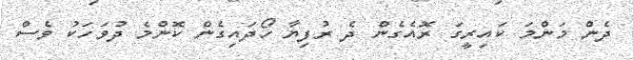
ދެން މަންމަ ކައިރީގަ ރޮއެގެން ދެ ރުފިޔާ ހޯދައިގެން ކޮންމެ ދުވަހަކު ވެސް